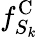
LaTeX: f_{S_{k}}^{\mathrm{C}}